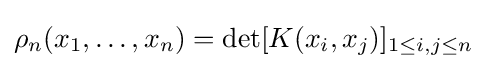
\rho _{n}(x_{1},\ldots ,x_{n})=\det[K(x_{i},x_{j})]_{1\leq i,j\leq n}